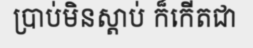
ប្រាប់មិនស្តាប់ ក៏កើតជា